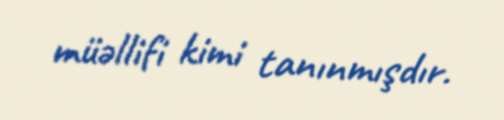
müəllifi kimi tanınmışdır.